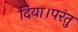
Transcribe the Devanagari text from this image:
दिया।परंतु